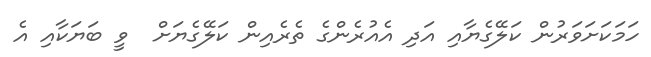
ހަމަކަށަވަރުން ކަލޭގެޔާއި އަދި އެއުރެންގެ ތެރެއިން ކަލޭގެޔަށް  ވީ ބަޔަކާއި އެ